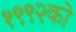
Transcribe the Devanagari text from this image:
१९९२को